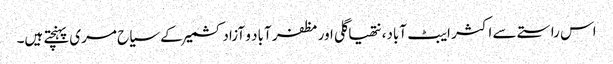
اس راستے سے اکثر ایبٹ آباد، نتھیاگلی اور مظفر آباد و آزادکشمیر کے سیاح مری پہنچتے ہیں۔